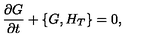
\frac { \partial G } { \partial t } + \{ G , H _ { T } \} = 0 ,